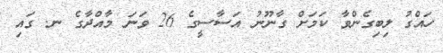
ހައްގު ލިބިގެންވާ ކަމަށް ގާނޫނު އަސާސީގެ 26 ވަނަ މާއްދާގެ ނ. ގައި